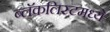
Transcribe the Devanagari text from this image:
ब्लॅकलिस्टमध्ये